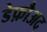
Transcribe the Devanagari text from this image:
डेफ़ौअद